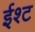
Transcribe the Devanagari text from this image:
ईश्ट